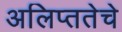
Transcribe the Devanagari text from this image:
अलिप्ततेचे